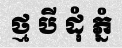
ថ្ម បី ដុំ ភ្នំ